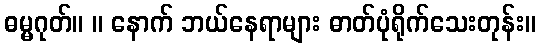
ဓမ္မဂုတ်။ ။ နောက် ဘယ်နေရာများ ဓာတ်ပုံရိုက်သေးတုန်း။